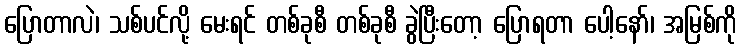
ပြောတာလဲ၊ သစ်ပင်လို့ မေးရင် တစ်ခုစီ တစ်ခုစီ ခွဲပြီးတော့ ပြောရတာ ပေါ့နော်၊ အမြစ်ကို